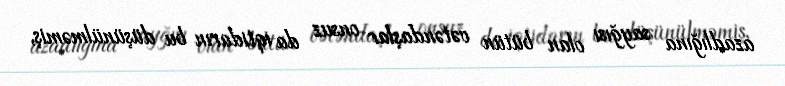
azadlığına sayğısı olan bütün vətəndaşlar onsuz da iqtidarın bu düşünülməmiş,